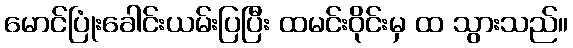
မောင်ပြုံးခေါင်းယမ်းပြပြီး ထမင်းဝိုင်းမှ ထ သွားသည်။